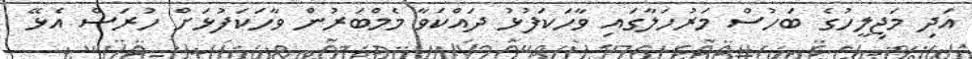
އަދި މަޖިލީހުގެ ބަހުސް މަރުހަލާގައި ވާހަކަފުޅު ދައްކަވާ މެމްބަރުން ވާހަކަފުޅަށް ހުރަސް އެޅޭ